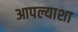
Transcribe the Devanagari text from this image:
आपल्याशा